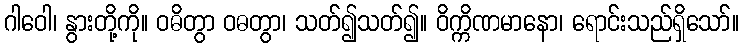
ဂါဝေါ၊ နွားတို့ကို။ ဝဓိတွာ ဝဓတွာ၊ သတ်၍သတ်၍။ ဝိက္ကိဏမာနော၊ ရောင်းသည်ရှိသော်။